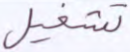
تشغيل